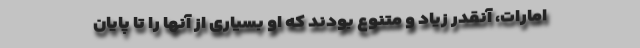
امارات، آنقدر زیاد و متنوع بودند که او بسیاری از آنها را تا پایان